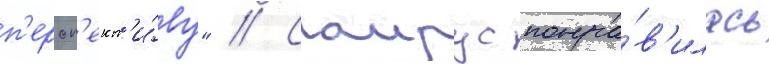
п'ерсп'ект'и́ву" // Саирус понра́в'илась